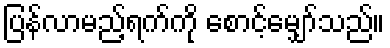
ပြန်လာမည့်ရက်ကို စောင့်မျှော်သည်။